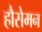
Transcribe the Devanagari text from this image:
हौसेमन